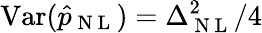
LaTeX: \mathrm{Var}(\hat{p}_{\mathrm{~N~L~}})=\Delta_{\mathrm{~N~L~}}^{2}/4